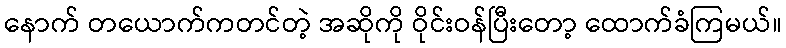
နောက် တယောက်ကတင်တဲ့ အဆိုကို ဝိုင်းဝန်ပြီးတော့ ထောက်ခံကြမယ်။